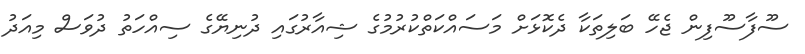
ސޫފާސޫފިން ޖެހޭ ބަލިތަކާ ދެކޮޅަށް މަސައްކަތްކުރުމުގެ ޝިއާރުގައި ދުނިޔޭގެ ސިއްހަތު ދުވަސް މިއަދު